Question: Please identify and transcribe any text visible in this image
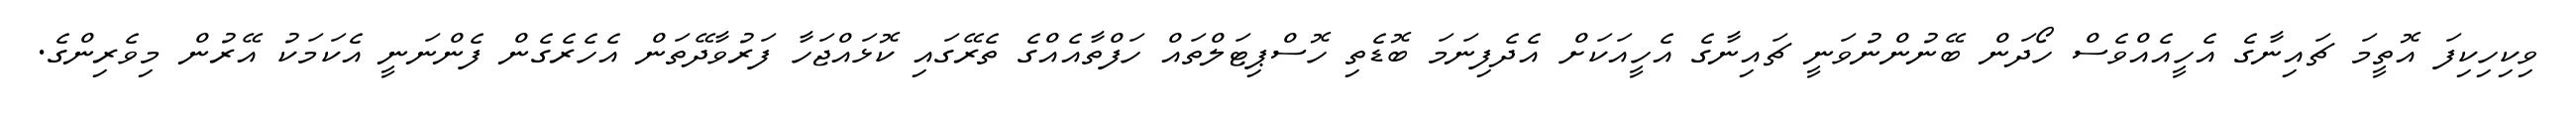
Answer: ވިކިހިކިފަ އޮތީމަ ޗައިނާގެ އެހީއެއްވެސް ހޯދަން ބޭނުންނުވަނީ ޗައިނާގެ އެހީއަކަށް އެދެފިނަމަ ބޮޑެތި ހޮސްޕިޓަލްތައް ހަފްތާއެއްގެ ތެރޭގައި ކޮޅައްޖަހާ ފަރުވާދޭތަން އެހެރެގެން ފެންނަނީ އެކަމަކު އޭރުން މިވެރިންގެ.